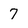
Character: 7